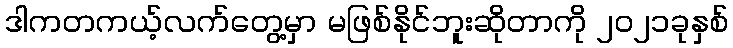
ဒါကတကယ့်လက်တွေ့မှာ မဖြစ်နိုင်ဘူးဆိုတာကို ၂၀၂၁ခုနှစ်